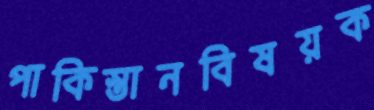
পাকিস্তানবিষয়ক